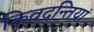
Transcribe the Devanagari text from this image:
किवदन्तियां